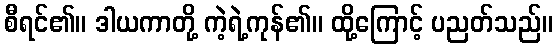
စီရင်၏။ ဒါယကာတို့ ကဲ့ရဲ့ကုန်၏။ ထို့ကြောင့် ပညတ်သည်။